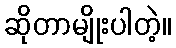
ဆိုတာမျိုးပါတဲ့။